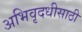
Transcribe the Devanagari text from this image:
अभिवृदधीसाठी